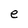
Character: e